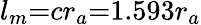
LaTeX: l_{m}{=}cr_{a}{=}1.593r_{a}